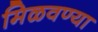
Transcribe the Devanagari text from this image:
मिळवण्या